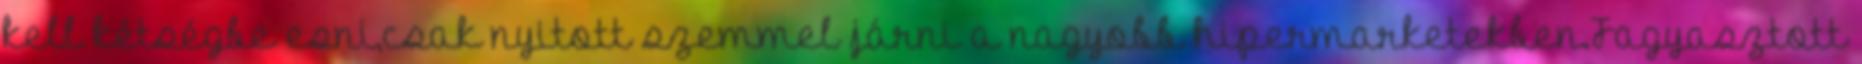
kell kétségbe esni,csak nyitott szemmel járni a nagyobb hipermarketekben.Fagyasztott